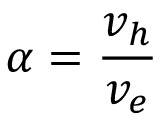
\alpha = \frac { v _ { h } } { v _ { e } }